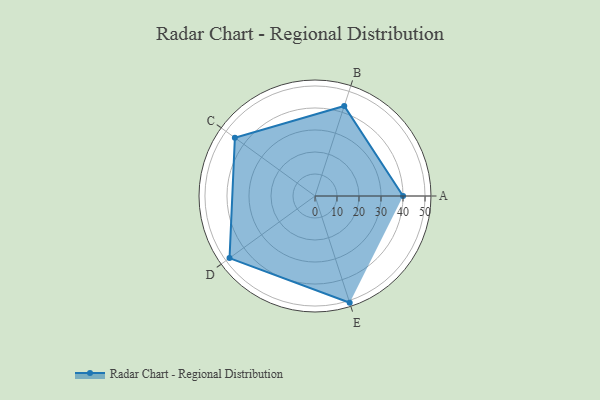
{"axis": {"x": "Skill", "y": "Score"}, "legend": ["Profile"], "data": [{"x": "A", "y": 40.0, "type": "Profile"}, {"x": "B", "y": 43.0, "type": "Profile"}, {"x": "C", "y": 45.0, "type": "Profile"}, {"x": "D", "y": 48.0, "type": "Profile"}, {"x": "E", "y": 51.0, "type": "Profile"}]}